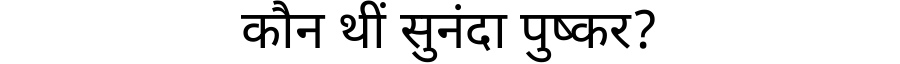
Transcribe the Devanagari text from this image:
कौन थीं सुनंदा पुष्कर?